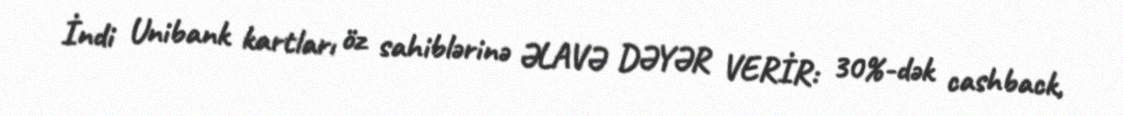
İndi Unibank kartları öz sahiblərinə ƏLAVƏ DƏYƏR VERİR: 30%-dək cashback,